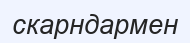
скарндармен